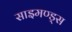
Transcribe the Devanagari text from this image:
साइमण्ड्स